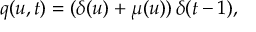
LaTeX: q ( u , t ) = ( \delta ( u ) + \mu ( u ) ) \, \delta ( t - 1 ) ,